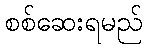
စစ်ဆေးရမည်